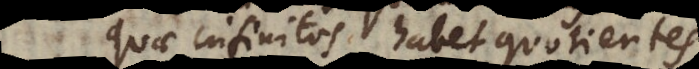
quae infinitos habet quotientes